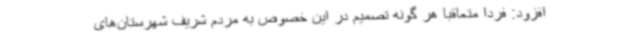
افزود: فردا متعاقبا هر گونه تصمیم در این خصوص به مردم شریف شهرستان‌های